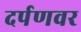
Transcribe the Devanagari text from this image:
दर्पणवर